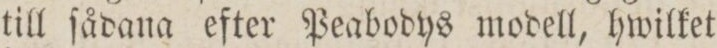
till ſådana efter Peabodys modell, hwilket